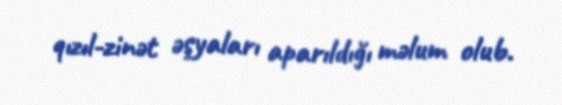
qızıl-zinət əşyaları aparıldığı məlum olub.